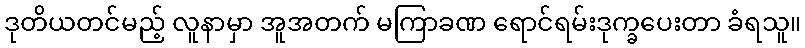
ဒုတိယတင်မည့် လူနာမှာ အူအတက် မကြာခဏ ရောင်ရမ်းဒုက္ခပေးတာ ခံရသူ။